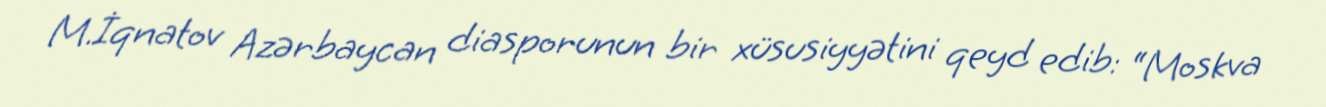
M.İqnatov Azərbaycan diasporunun bir xüsusiyyətini qeyd edib: “Moskva